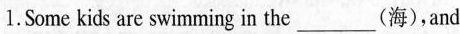
1.Some kids are swimming in the ___(海)，and